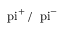
\mathrm { \ p i } ^ { + } \, / \, \mathrm { \ p i } ^ { - }